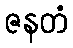
ဇနတံ